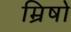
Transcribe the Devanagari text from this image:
म्रिषो